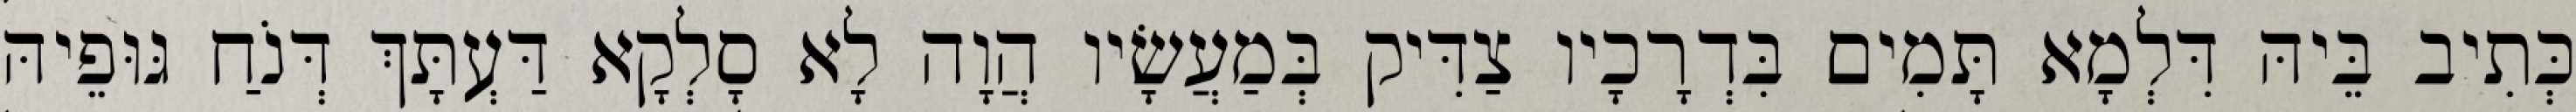
כְּתִיב בֵּיהּ דִּלְמָא תָּמִים בִּדְרָכָיו צַדִּיק בְּמַעֲשָׂיו הֲוָה לָא סָלְקָא דַּעְתָּךְ דְּנֹחַ גּוּפֵיהּ